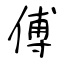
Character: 傅